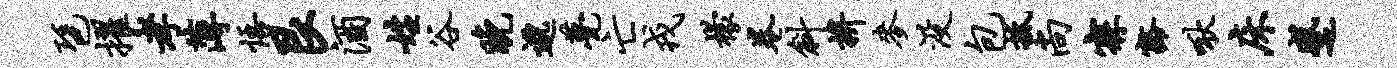
琶擢孝薄悟艮酒姓谷晚邈甍亡戎檬卷斜拚麦没包抵尚寐豁啾床蹙